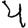
Digit: 4